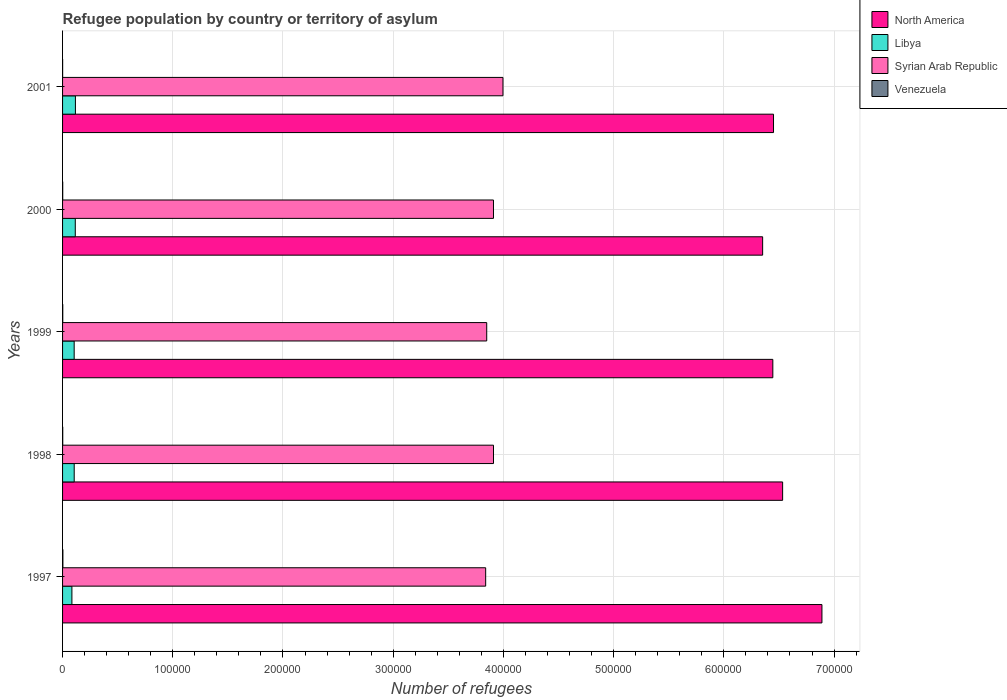
| Years | North America | Libya | Syrian Arab Republic | Venezuela |
 | --- | --- | --- | --- | --- |
 | 1997 | 6.89e+05 | 8.48e+03 | 3.84e+05 | 301 |
 | 1998 | 6.53e+05 | 1.06e+04 | 3.91e+05 | 158 |
 | 1999 | 6.44e+05 | 1.05e+04 | 3.85e+05 | 188 |
 | 2000 | 6.35e+05 | 1.15e+04 | 3.91e+05 | 132 |
 | 2001 | 6.45e+05 | 1.17e+04 | 4e+05 | 59 |